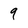
Character: 9